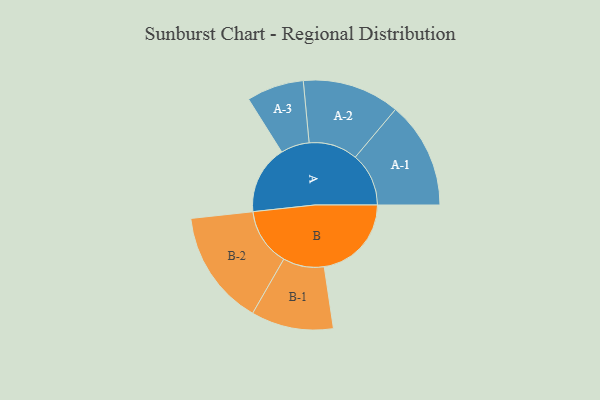
{"axis": {"x": "Segment", "y": "Value"}, "legend": ["", "A", "B"], "data": [{"x": "A", "y": 290, "type": ""}, {"x": "B", "y": 369, "type": ""}, {"x": "A-1", "y": 226, "type": "A"}, {"x": "A-2", "y": 206, "type": "A"}, {"x": "A-3", "y": 121, "type": "A"}, {"x": "B-1", "y": 174, "type": "B"}, {"x": "B-2", "y": 244, "type": "B"}]}